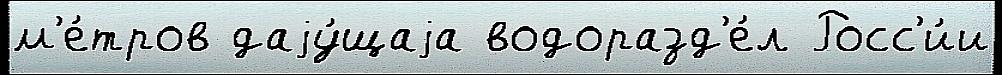
м'е́тров даjу́щаjа водоразд'е́л Росс'и́и